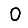
Digit: 0